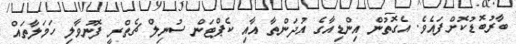
ބާރުބޮޑުކޮށްފައެވެ. އެގޮތުން އިންޑިއާގެ އުދަންތާ އާއި ކެޕްޓަން ސުނިލް ޗެތްރީ ފޮނުވާލި ހަމަލާތައް